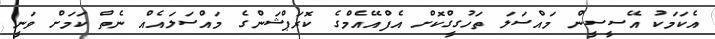
އެކަމަކު އޭސީސީން މައްސަލަ ތަހުގީގްކޮށް އެފްއޭއެމްގެ ކޮރަޕްޝަންގެ މައްސަލައެއް ނެތް ކަމަށް ވަނީ